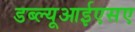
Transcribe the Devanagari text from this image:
डब्ल्यूआईएसए